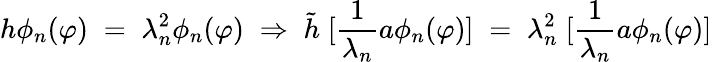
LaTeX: h\phi_{n}(\varphi)\; =\; \lambda_{n}^{2}\phi_{n}(\varphi)\; \Rightarrow\; {\tilde{h}}\; [\frac{1}{\lambda_{n}}a\phi_{n}(\varphi)]\; =\; \lambda_{n}^{2}\; [\frac{1}{\lambda_{n}}a\phi_{n}(\varphi)]